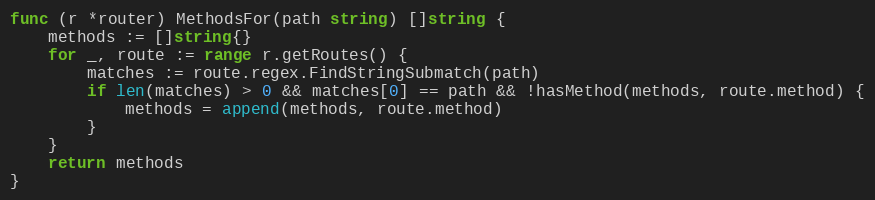
Language: Go
func (r *router) MethodsFor(path string) []string {
	methods := []string{}
	for _, route := range r.getRoutes() {
		matches := route.regex.FindStringSubmatch(path)
		if len(matches) > 0 && matches[0] == path && !hasMethod(methods, route.method) {
			methods = append(methods, route.method)
		}
	}
	return methods
}